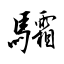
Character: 驦